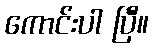
ကောင်းပါ ပြီဲ။